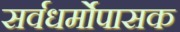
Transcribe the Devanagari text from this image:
सर्वधर्मोपासक